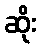
ဆိုး